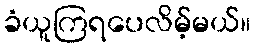
ခံယူကြရပေလိမ့်မယ်။